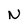
Character: N